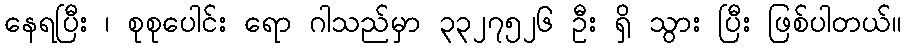
နေရပြီး ၊ စုစုပေါင်း ရော ဂါသည်မှာ ၃၃၂၇၅၂၆ ဦး ရှိ သွား ပြီး ဖြစ်ပါတယ်။